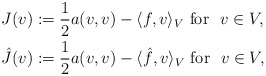
\begin{align*}J(v)&:=\dfrac 1 2 a(v,v) -\langle f,v\rangle_V \mbox{ for } \ v\in V, \\\hat{J}(v)&:= \dfrac 1 2 a(v,v) -\langle \hat{f},v\rangle_V\mbox{ for } \ v\in V, \end{align*}